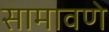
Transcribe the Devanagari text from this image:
सामावणे